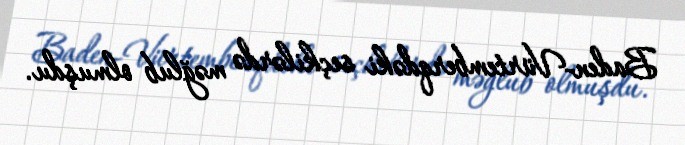
Baden-Vürtemberqdəki seçkilərdə məğlub olmuşdu.